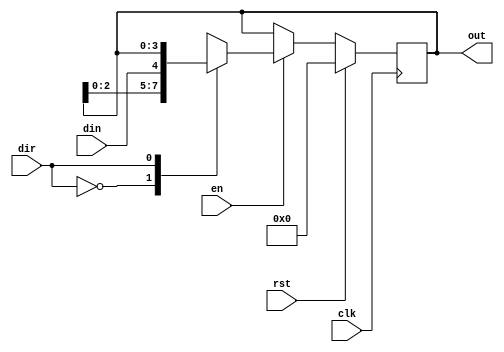
module bi #(parameter MSB=4) ( input din,
				      input clk,
				      input en,
				      input dir,
				      input rst,
				      output reg[MSB-1:0]out);
	  always@(posedge clk)
		  if(rst)
			  out<=0;
		  else begin
			  if(en)
				  case(dir)
					  0:out<={out[MSB-2:0],din};
					  1:out<={din,out[MSB-1:0]};
				  endcase
			else
				out<=out;
		end
endmodule